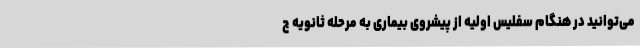
می‌توانید در هنگام سفلیس اولیه از پیشروی بیماری به مرحله ثانویه ج